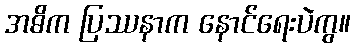
အဓိက ပြဿနာက နောင်ရေးပဲကွ။